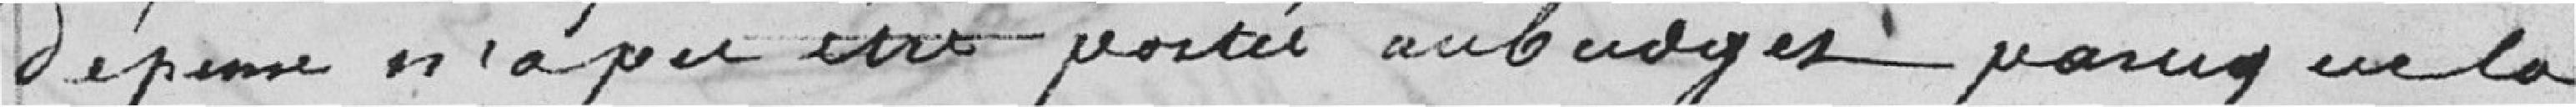
Dépense n'a pu être portée au budget parce que la